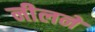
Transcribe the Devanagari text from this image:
नीलने